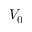
V _ { 0 }